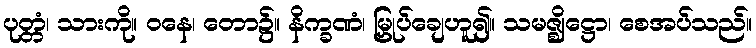
ပုတ္တံ၊ သားကို။ ဝနေ၊ တော၌။ နိက္ခဏံ၊ မြှုပ်ချေဟူ၍။ သမဇ္ဈိဋ္ဌော၊ စေအပ်သည်။